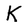
Character: K